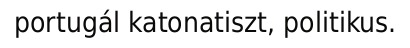
portugál katonatiszt, politikus.